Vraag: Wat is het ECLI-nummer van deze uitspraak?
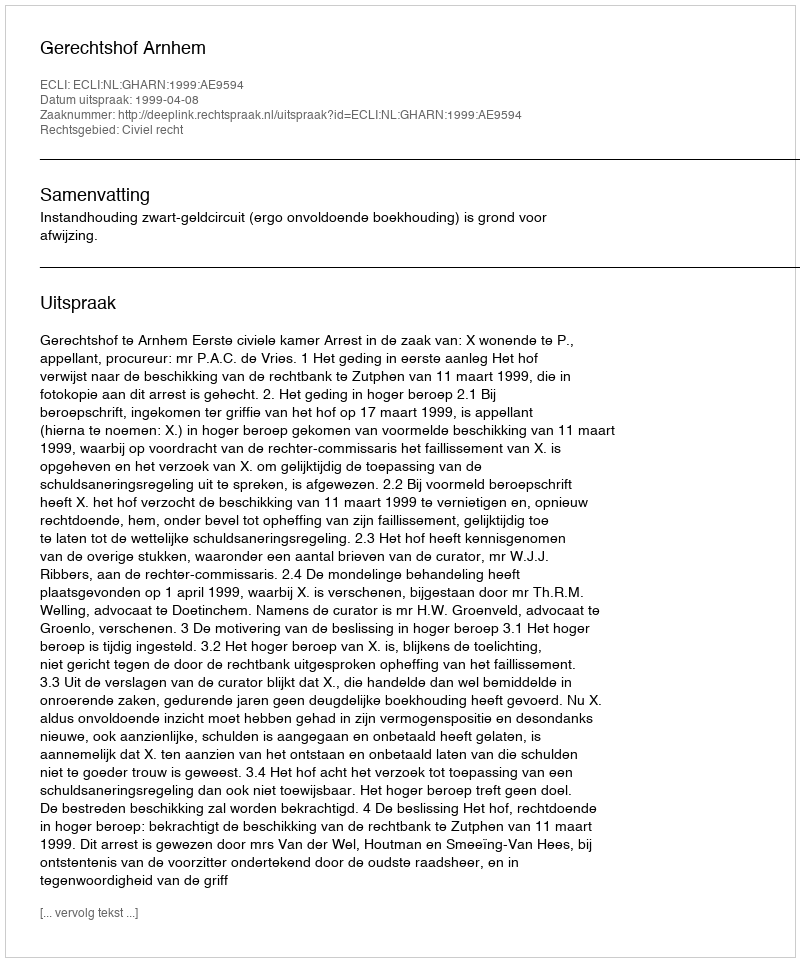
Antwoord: ECLI:NL:GHARN:1999:AE9594